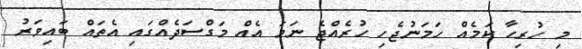
މި ހުރިހާ ކަމެއް ހަމަނުޖެހި ހުރެއްޖެ ނަމަ އެއް މަގްސަދެއްގައި އެތައް ބައިވަރު